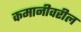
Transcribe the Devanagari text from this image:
कमानीवरील